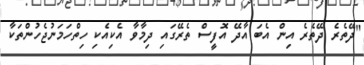
"ދޭތެރެ ދޭތެރެ އިން އެބަ އާދޭ އޮފީސް ތެރޭގައި ދިމާވާ އެކިއެކި ހިތްހަމަނުޖެހުންތަކާ